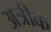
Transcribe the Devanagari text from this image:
अत्रीक